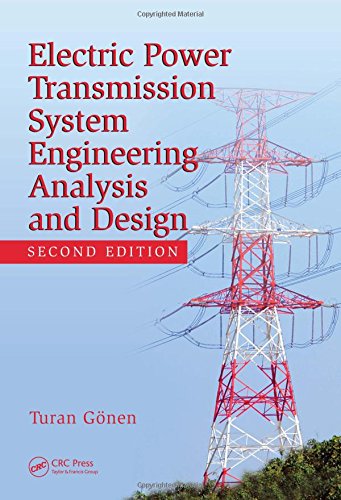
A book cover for Electrical Power Transmission System Engineering: Analysis and Design, 2nd Edition; Turan Gonen; Engineering & Transportation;